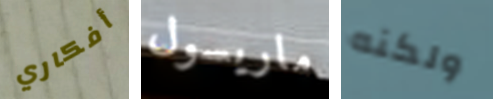
أفكاري ماريسول ولكنه